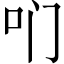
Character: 𫩖